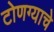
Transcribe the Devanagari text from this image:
टोणग्याचे